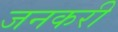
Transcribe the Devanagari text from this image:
जनकरी